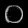
Digit: ၀